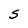
Character: S